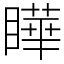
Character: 瞱